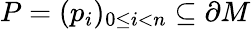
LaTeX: P=(p_{i})_{0\leq i<n}\subseteq\partial M